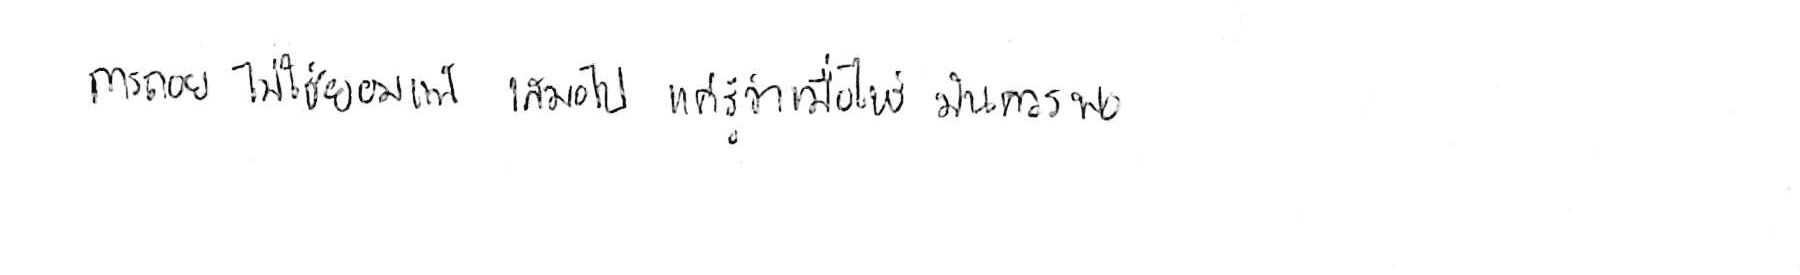
การถอย ไม่ใช่ยอมแพ้ เสมอไป แค่รู้ว่าเมื่อไหร่ มันควรพอ